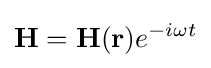
\mathbf {H} =\mathbf {H} (\mathbf {r} )e^{-i\omega t}